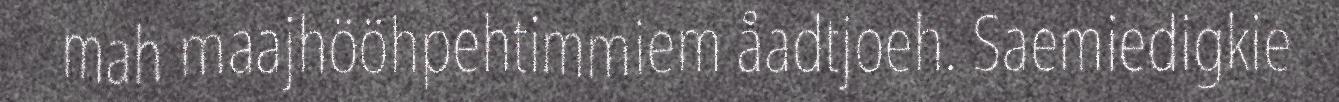
mah maajhööhpehtimmiem åadtjoeh. Saemiedigkie